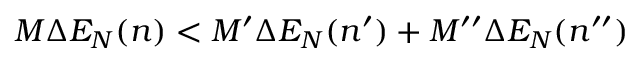
M \Delta E _ { N } ( n ) < M ^ { \prime } \Delta E _ { N } ( n ^ { \prime } ) + M ^ { \prime \prime } \Delta E _ { N } ( n ^ { \prime \prime } )